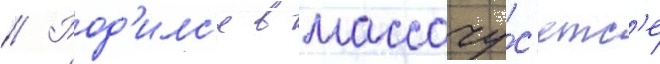
// Род'илс'я в массачу́с'етс'е